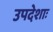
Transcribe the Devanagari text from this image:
उपदेशाः